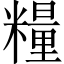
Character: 糧